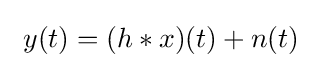
\ y(t)=(h*x)(t)+n(t)